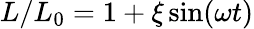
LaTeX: L/L_{0}=1+\xi\sin(\omega t)